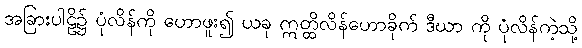
အခြားပါဠိ၌ ပုံလိန်ကို ဟောဖူး၍ ယခု ဣတ္ထိလိန်ဟောခိုက် ဒီဃာ ကို ပုံလိန်ကဲ့သို့